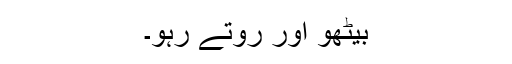
بیٹھو اور روتے رہو۔